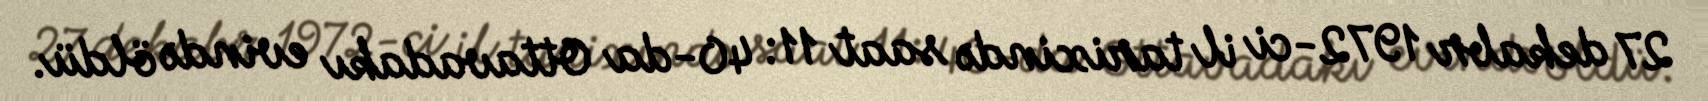
27 dekabr 1972-ci il tarixində saat 11: 40-da Ottavadakı evində öldü.